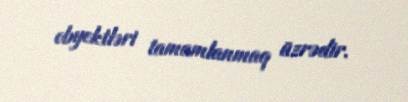
obyektləri tamamlanmaq üzrədir.